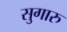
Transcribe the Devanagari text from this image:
सुगारु